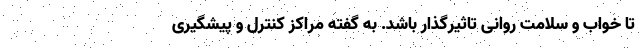
تا خواب و سلامت روانی تاثیرگذار باشد. به گفته مراکز کنترل و پیشگیری